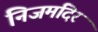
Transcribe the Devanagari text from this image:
निजमंदिर